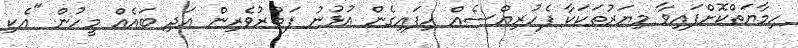
ހިމާޔަތްކޮށްފައިވާ މިޔަރުތަކަކާ ފެހުރިއްސެއް ހިފައިގެން އުޅުނު ފަތުރުވެރިން އަދިި ބައެއް މީހުން "އެކި